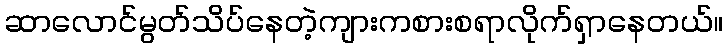
ဆာလောင်မွတ်သိပ်နေတဲ့ကျားကစားစရာလိုက်ရှာနေတယ်။